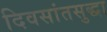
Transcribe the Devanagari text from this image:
दिवसांतसुद्धा